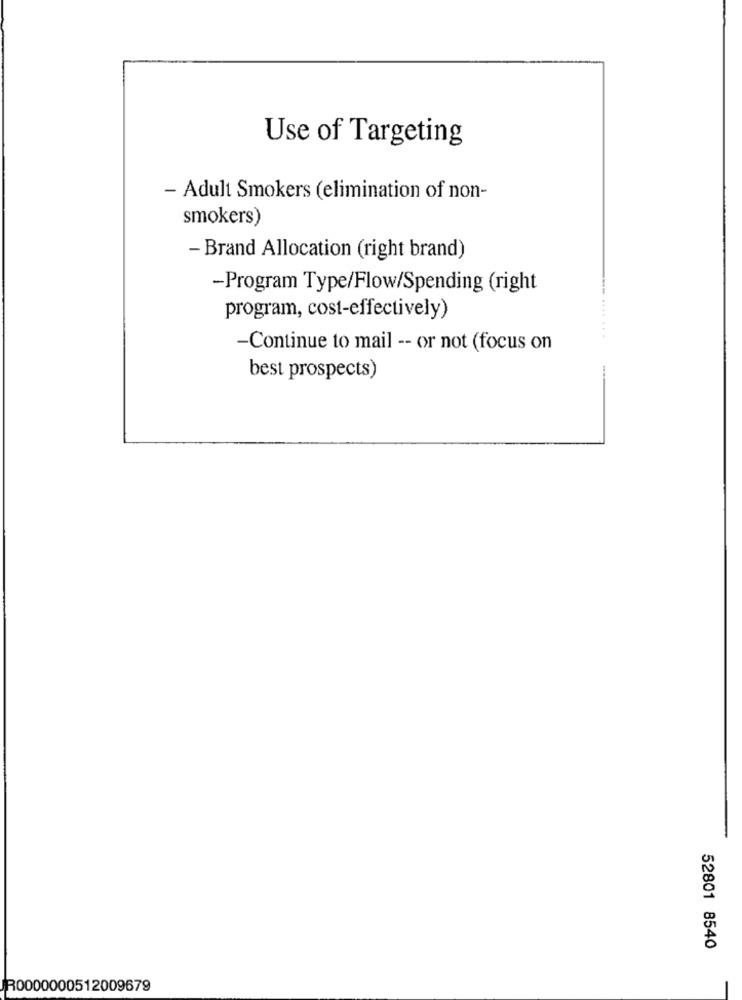
Use of Targeting
- Adult Smokers (elimination of non-
smokers)
- Brand Allocation (right brand)
-Program Type/Flow/Spending (right
program, cost-effectively)
-Continue to mail -- or not (focus on
best prospects)
52801 8540
JR0000000512009679